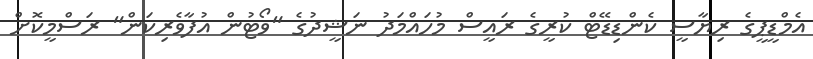
އެމްޑީޕީގެ ރިޔާސީ ކެންޑިޑޭޓް ކުރީގެ ރައީސް މުހައްމަދު ނަޝީދުގެ "ވޯޓުން އުފާވެރިކަން" ރަސްމީކޮށް